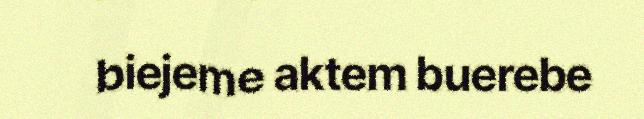
biejeme aktem buerebe